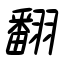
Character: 翻